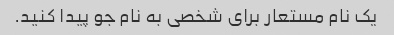
یک نام مستعار برای شخصی به نام جو پیدا کنید.